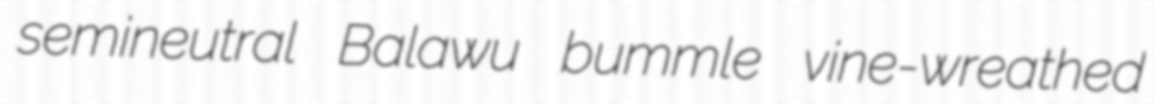
semineutral Balawu bummle vine-wreathed